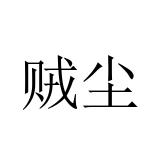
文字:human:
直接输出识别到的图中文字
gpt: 贼尘